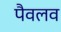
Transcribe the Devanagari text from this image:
पैवलव